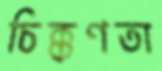
চিক্কণতা